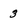
Character: 3